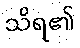
သိရ၏